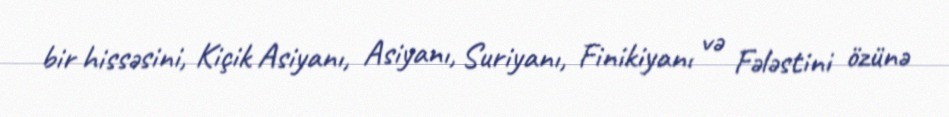
bir hissəsini, Kiçik Asiyanı, Asiyanı, Suriyanı, Finikiyanı və Fələstini özünə